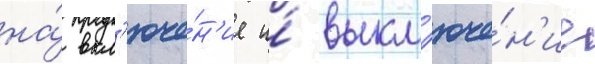
на́ вкл'юче́н'ие и́ выкл'юче́н'ие